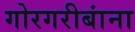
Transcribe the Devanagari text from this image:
गोरगरीबांना